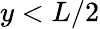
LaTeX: y<L/2